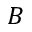
B